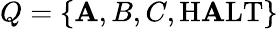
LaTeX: Q=\{ \mathbf{A},B,C,{\mathrm{{H\mathbf{A}LT}}}\}